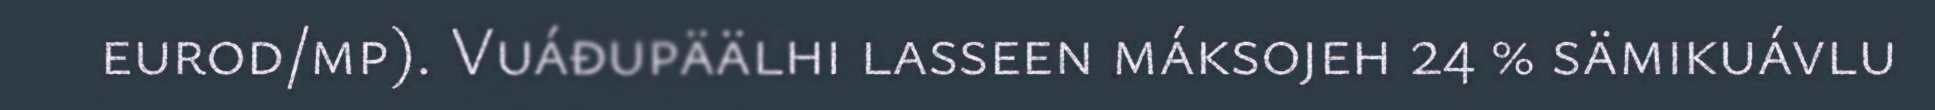
eurod/mp). Vuáđupäälhi lasseen máksojeh 24 % sämikuávlu